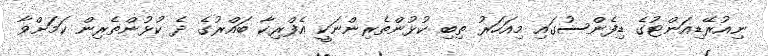
ނިއުރޭޑިއަންޓުގެ ޑިފެންސުގައި މިއަހަރު ތިބި ކުޅުންތެރިންނަކީ އެފްރިކާ ބައްރުގެ ދެ ކުޅުންތެރިން ކަމަށްވާ